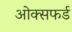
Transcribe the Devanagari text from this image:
ओक्सफर्ड